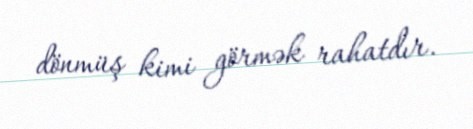
dönmüş kimi görmək rahatdır.